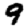
Digit: 9